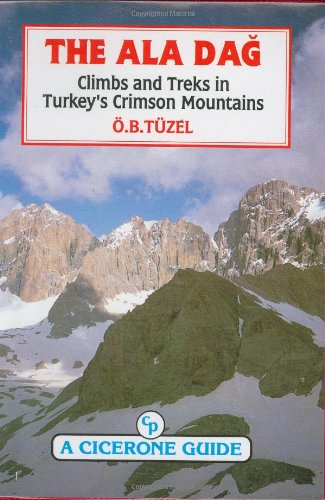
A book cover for The Ala Dag, Climbs and Treks in Turkeys Crimson Mountai; O. B. Tuzel; Travel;